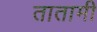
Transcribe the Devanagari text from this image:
तातामी